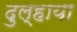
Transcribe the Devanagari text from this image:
दुल्हाया